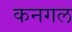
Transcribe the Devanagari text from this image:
कनगल